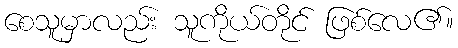
စေသူမှာလည်း သူကိုယ်တိုင် ဖြစ်လေ၏။